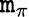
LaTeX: \mathtt{m}_{\pi}